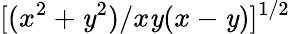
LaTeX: [(x^{2}+\mathit{y}^{2})/x\mathit{y}(x-\mathit{y})]^{1/2}